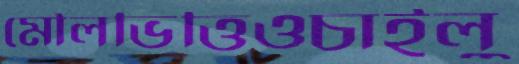
মৌলভিত্তিওচাইলু